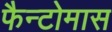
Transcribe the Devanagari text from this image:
फैन्टोमास